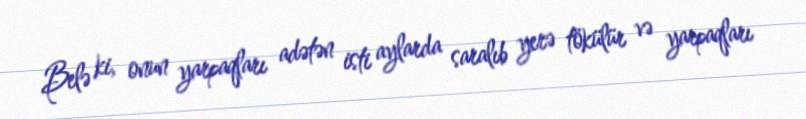
Belə ki, onun yarpaqları adətən isti aylarda saralıb yerə tökülür və yarpaqları